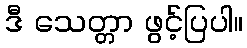
ဒီ သေတ္တာ ဖွင့်ပြပါ။